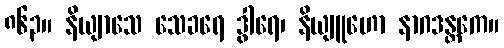
၈၆၃။ နိယျာသေ သေခရေ ဒွါရေ၊ နိယျူဟော နာဂဒန္တကေ။